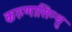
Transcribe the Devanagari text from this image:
करुणासिन्धु